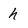
Character: h